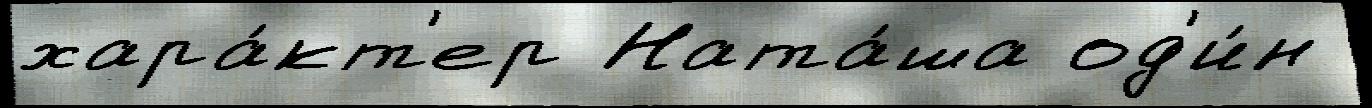
хара́кт'ер Ната́ша од'и́н